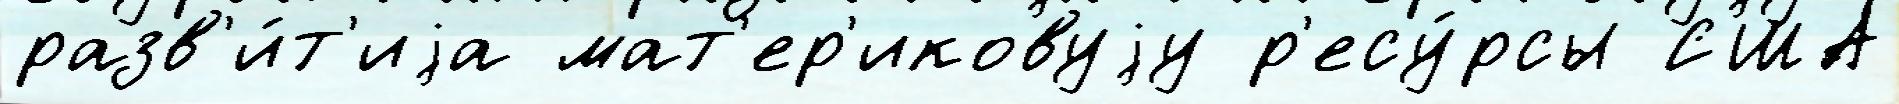
разв'и́т'иjа мат'ер'иковуjу р'есу́рсы США